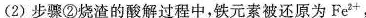
(2)步骤②烧渣的酸解过程中，铁元素被还原为Fe^{2+}，